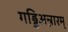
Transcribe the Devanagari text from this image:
गड्डिअन्नारम्